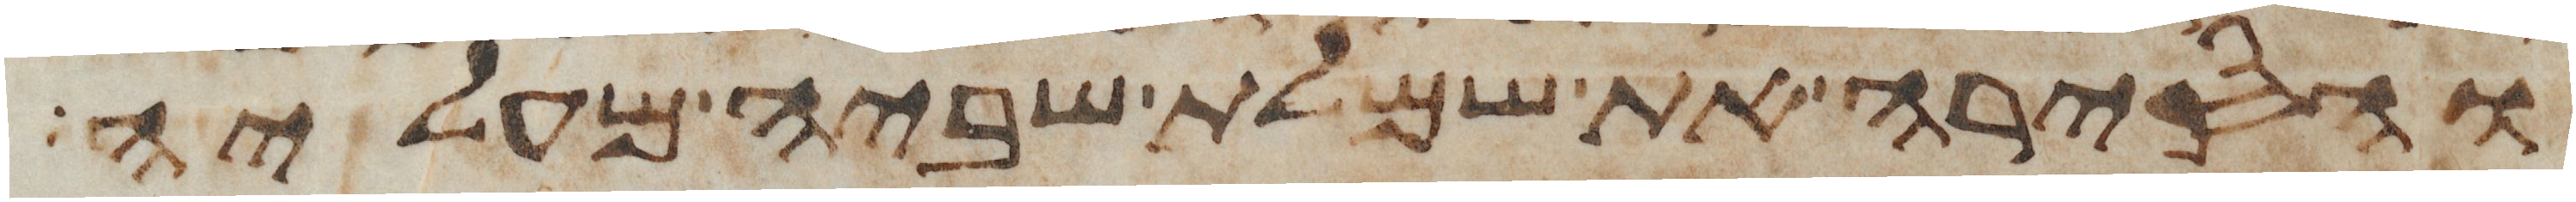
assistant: והסירה את שמלת שביה מעליה